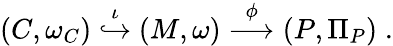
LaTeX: (C,\omega_{C})\stackrel{\iota}{\hookrightarrow}(M,\omega)\stackrel{\phi}{\longrightarrow}(P,\Pi_{P})\; .